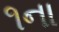
૧ના